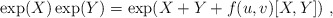
\begin{align*}\exp(X) \exp(Y)= \exp({X+Y+f(u,v)[X,Y]}) \ ,\end{align*}